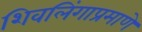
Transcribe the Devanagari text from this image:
शिवलिंगाप्रमाणे